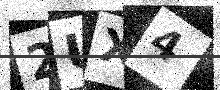
Text: 2UX4